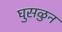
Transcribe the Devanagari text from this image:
घुसळुन